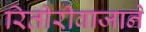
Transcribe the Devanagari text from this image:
रितीरीवाजाने